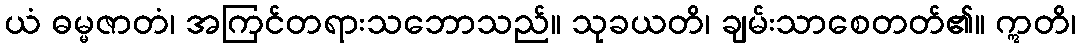
ယံ ဓမ္မဇာတံ၊ အကြင်တရားသဘောသည်။ သုခယတိ၊ ချမ်းသာစေတတ်၏။ ဣတိ၊